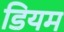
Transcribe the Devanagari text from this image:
डियम